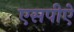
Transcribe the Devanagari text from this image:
एसपीऐ